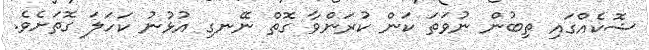
ޝޮކެއްގައި ތިބުން ނުވަތަ ކަން ކުރަންވާ ގޮތް ނޭނގި އުޅުނު ކަހަލަ ގޮތަށެވެ.